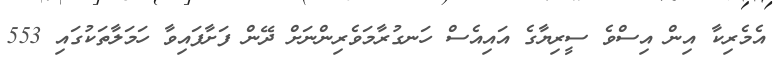
އެމެރިކާ އިން އިސްވެ ސީރިޔާގެ އައިއެސް ހަނގުރާމަވެރިންނަށް ދޭން ފަށާފައިވާ ހަމަލާތަކުގައި 553